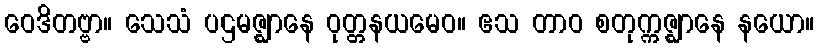
ဝေဒိတဗ္ဗာ။ သေသံ ပဌမဇ္ဈာနေ ဝုတ္တနယမေဝ။ ဧသ တာဝ စတုက္ကဇ္ဈာနေ နယော။